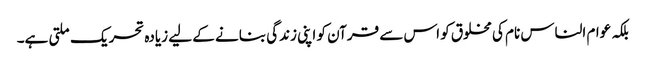
بلکہ عوام الناس نام کی مخلوق کو اس سے قرآن کو اپنی زندگی بنانے کے لیے زیادہ تحریک ملتی ہے۔